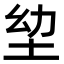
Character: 𭎍